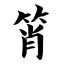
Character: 筲